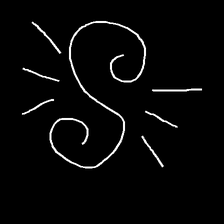
Glyph: wind-directs-air